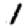
Digit: 1